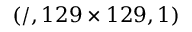
( / , 1 2 9 \times 1 2 9 , 1 )